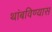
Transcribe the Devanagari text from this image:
थांबविण्यास